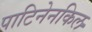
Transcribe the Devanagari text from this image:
पाटिनेनकिल